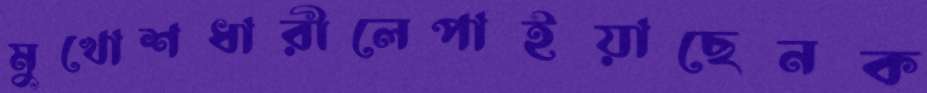
মুখোশধারীলেপাইয়াছেনক